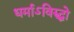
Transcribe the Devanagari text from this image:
धर्माऽविरुद्धो